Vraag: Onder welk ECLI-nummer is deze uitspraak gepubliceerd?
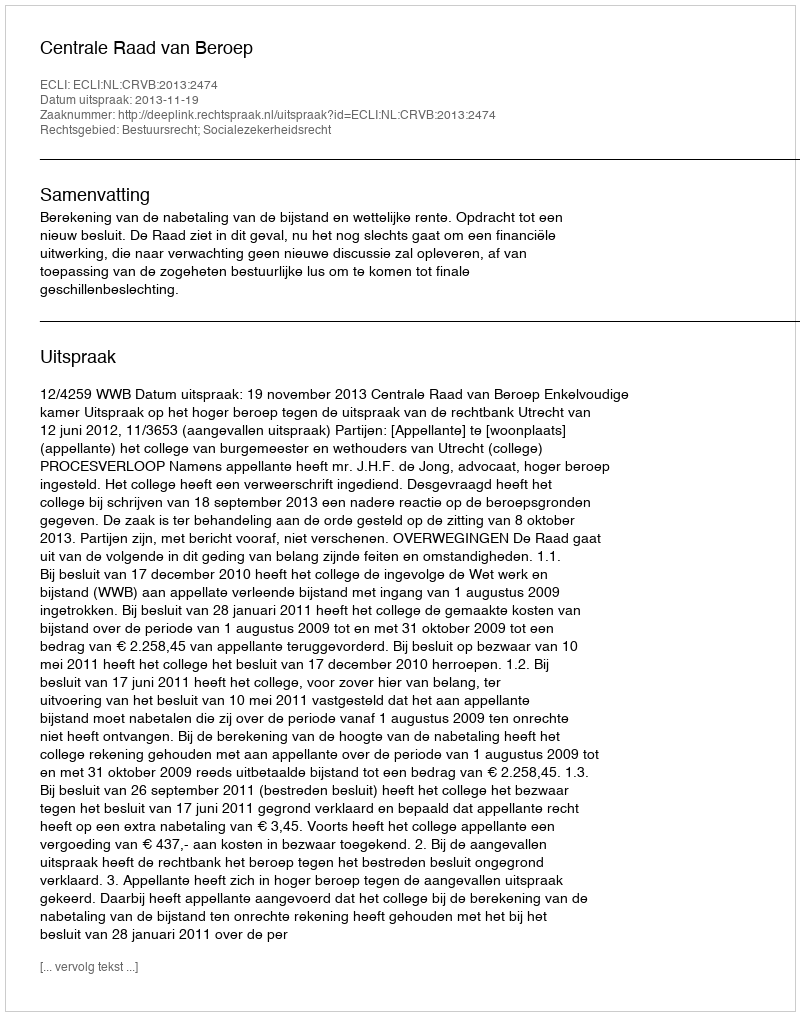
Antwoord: ECLI:NL:CRVB:2013:2474